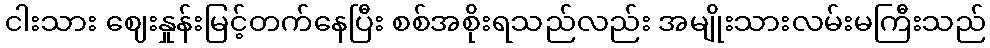
ငါးသား ဈေးနှုန်းမြင့်တက်နေပြီး စစ်အစိုးရသည်လည်း အမျိုးသားလမ်းမကြီးသည်